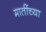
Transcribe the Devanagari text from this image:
मातींच्या